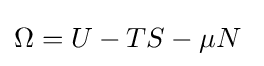
\Omega =U-TS-\mu N\